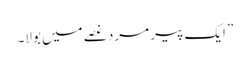
” ایک پیر مرد غصے میں بولا۔